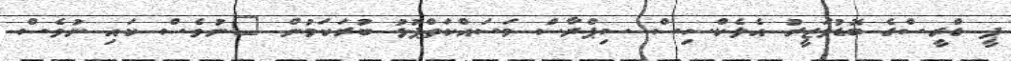
ޕީ ގްރީސްގެ ބޮޑުވަޒީރު އެލެކްސިސް ސިޕްރާސް މަސައްކަތްޕުޅު ބުރަކަމުން "ނުވެސް ކައި ނުވެސް